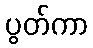
ပွတ်ကာ